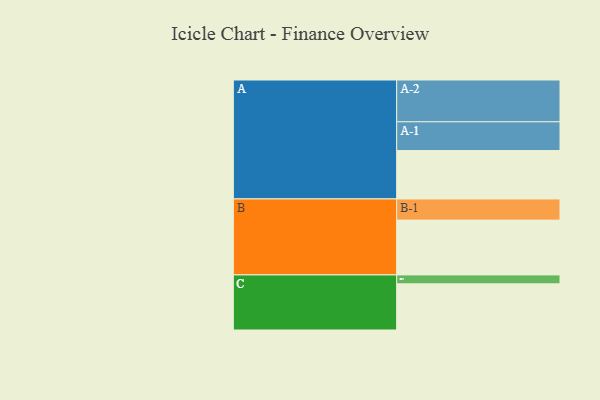
{"axis": {"x": "Segment", "y": "Value"}, "legend": ["", "A", "B", "C"], "data": [{"x": "A", "y": 331, "type": ""}, {"x": "B", "y": 375, "type": ""}, {"x": "C", "y": 316, "type": ""}, {"x": "A-1", "y": 197, "type": "A"}, {"x": "A-2", "y": 286, "type": "A"}, {"x": "B-1", "y": 145, "type": "B"}, {"x": "C-1", "y": 61, "type": "C"}]}